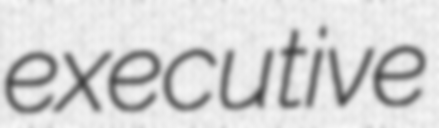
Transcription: executive